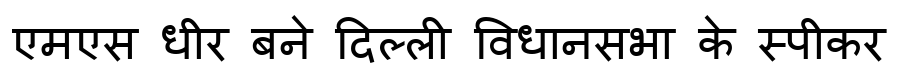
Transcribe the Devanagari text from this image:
एमएस धीर बने दिल्ली विधानसभा के स्पीकर